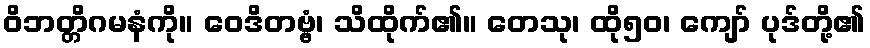
ဝိဘတ္တိဂမနံကို။ ဝေဒိတဗ္ဗံ၊ သိထိုက်၏။ တေသု၊ ထို၅၀၊ ကျော် ပုဒ်တို့၏